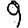
Digit: 9